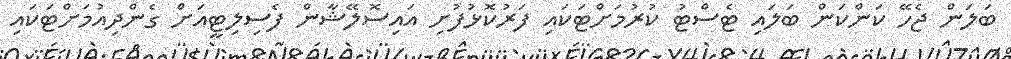
ބަލަން ޖެހޭ ކަންކަން ބަލައި ޓެސްޓު ކުރުމަށްޓަކައި ފަރުކޮޅުފުށި އައިސޮލޭޝާން ފެސިލިޓީއަށް ގެންދިއުމަށްޓަކައި